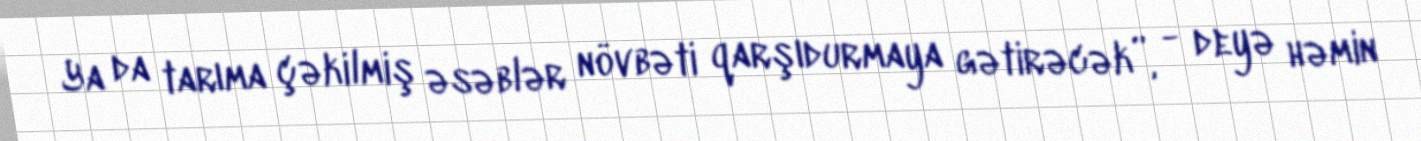
Ya da tarıma çəkilmiş əsəblər növbəti qarşıdurmaya gətirəcək”, - deyə həmin